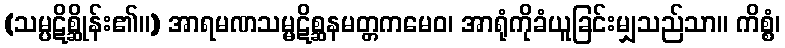
(သမ္ပဋိစ္ဆိုန်း၏။) အာရမဏသမ္မဋိစ္ဆနမတ္တကမေဝ၊ အာရုံကိုခံယူခြင်းမျှသည်သာ။ ကိစ္စံ၊